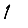
Digit: 1